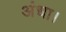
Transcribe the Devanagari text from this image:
अंधा।